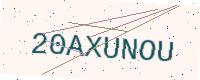
Text: 20AXUNOU